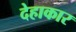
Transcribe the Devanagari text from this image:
देहाकार